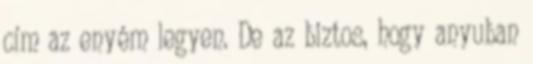
cím az enyém legyen. De az biztos, hogy anyuban